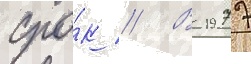
сро́к // В 1977